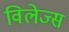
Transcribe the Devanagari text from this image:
विलेज्स